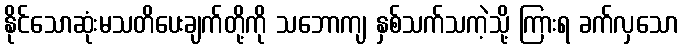
နိုင်သောဆုံးမသတိပေးချက်တို့ကို သဘောကျ နှစ်သက်သကဲ့သို့ ကြားရ ခက်လှသော